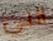
التي